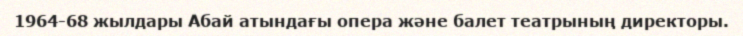
1964-68 жылдары Абай атындағы опера және балет театрының директоры.